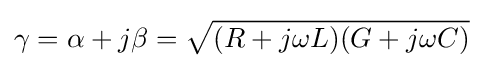
\gamma =\alpha +j\beta ={\sqrt {(R+j\omega L)(G+j\omega C)}}